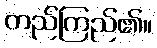
တည်ကြည်၏။